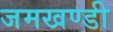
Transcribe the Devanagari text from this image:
जमखण्डी